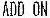
ADD ON